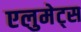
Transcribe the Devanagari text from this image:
एलुमेट्स